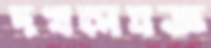
দখলযজ্ঞ